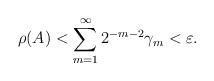
LaTeX: \begin{align*}\rho(A)< \sum\limits_{m=1}^\infty2^{-m-2}\gamma_m<\varepsilon.\end{align*}